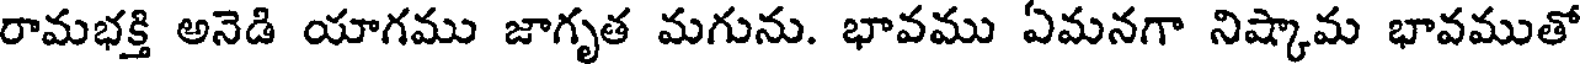
రామభక్తి అనెడి యాగము జాగృత మగును. భావము ఏమనగా నిష్కామ భావముతో